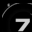
Digit: 7